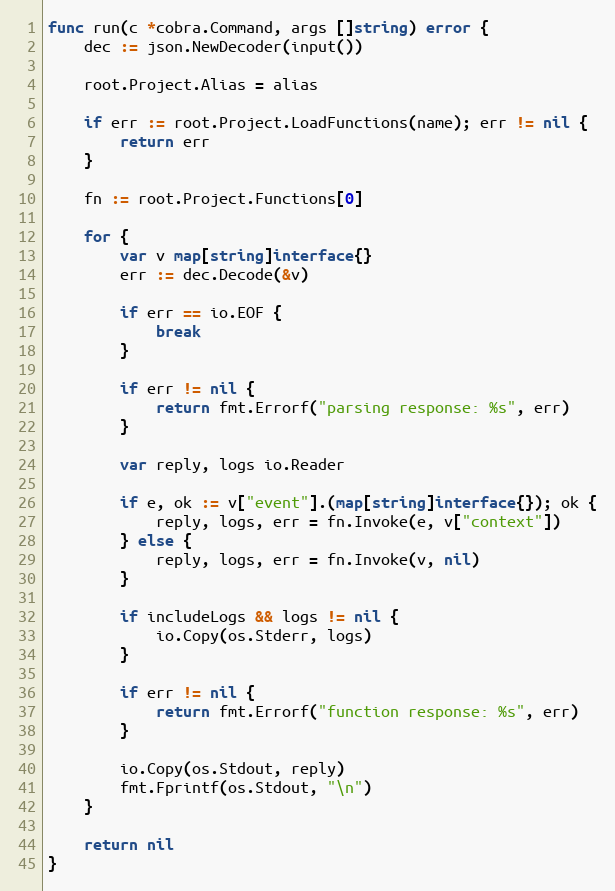
Language: Go
func run(c *cobra.Command, args []string) error {
	dec := json.NewDecoder(input())

	root.Project.Alias = alias

	if err := root.Project.LoadFunctions(name); err != nil {
		return err
	}

	fn := root.Project.Functions[0]

	for {
		var v map[string]interface{}
		err := dec.Decode(&v)

		if err == io.EOF {
			break
		}

		if err != nil {
			return fmt.Errorf("parsing response: %s", err)
		}

		var reply, logs io.Reader

		if e, ok := v["event"].(map[string]interface{}); ok {
			reply, logs, err = fn.Invoke(e, v["context"])
		} else {
			reply, logs, err = fn.Invoke(v, nil)
		}

		if includeLogs && logs != nil {
			io.Copy(os.Stderr, logs)
		}

		if err != nil {
			return fmt.Errorf("function response: %s", err)
		}

		io.Copy(os.Stdout, reply)
		fmt.Fprintf(os.Stdout, "\n")
	}

	return nil
}